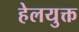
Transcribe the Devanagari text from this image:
हेलयुक्त